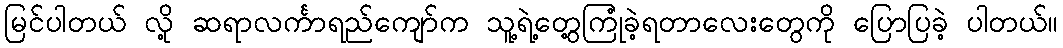
မြင်ပါတယ် လို့ ဆရာလင်္ကာရည်ကျော်က သူ့ရဲ့တွေ့ကြုံခဲ့ရတာလေးတွေကို ပြောပြခဲ့ ပါတယ်။